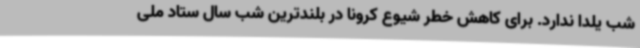
شب یلدا ندارد. برای کاهش خطر شیوع کرونا در بلندترین شب سال ستاد ملی